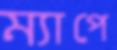
ম্যাপে